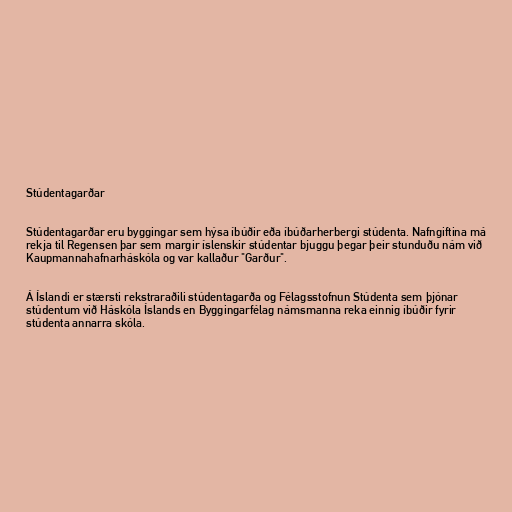
Stúdentagarðar

Stúdentagarðar eru byggingar sem hýsa íbúðir eða íbúðarherbergi stúdenta. Nafngiftina má
rekja til Regensen þar sem margir íslenskir stúdentar bjuggu þegar þeir stunduðu nám við
Kaupmannahafnarháskóla og var kallaður "Garður".

Á Íslandi er stærsti rekstraraðili stúdentagarða og Félagsstofnun Stúdenta sem þjónar
stúdentum við Háskóla Íslands en Byggingarfélag námsmanna reka einnig íbúðir fyrir
stúdenta annarra skóla.